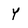
Character: Y